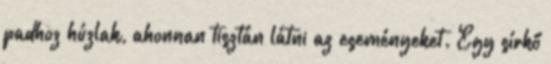
padhoz húzlak, ahonnan tisztán látni az eseményeket. Egy sírkő